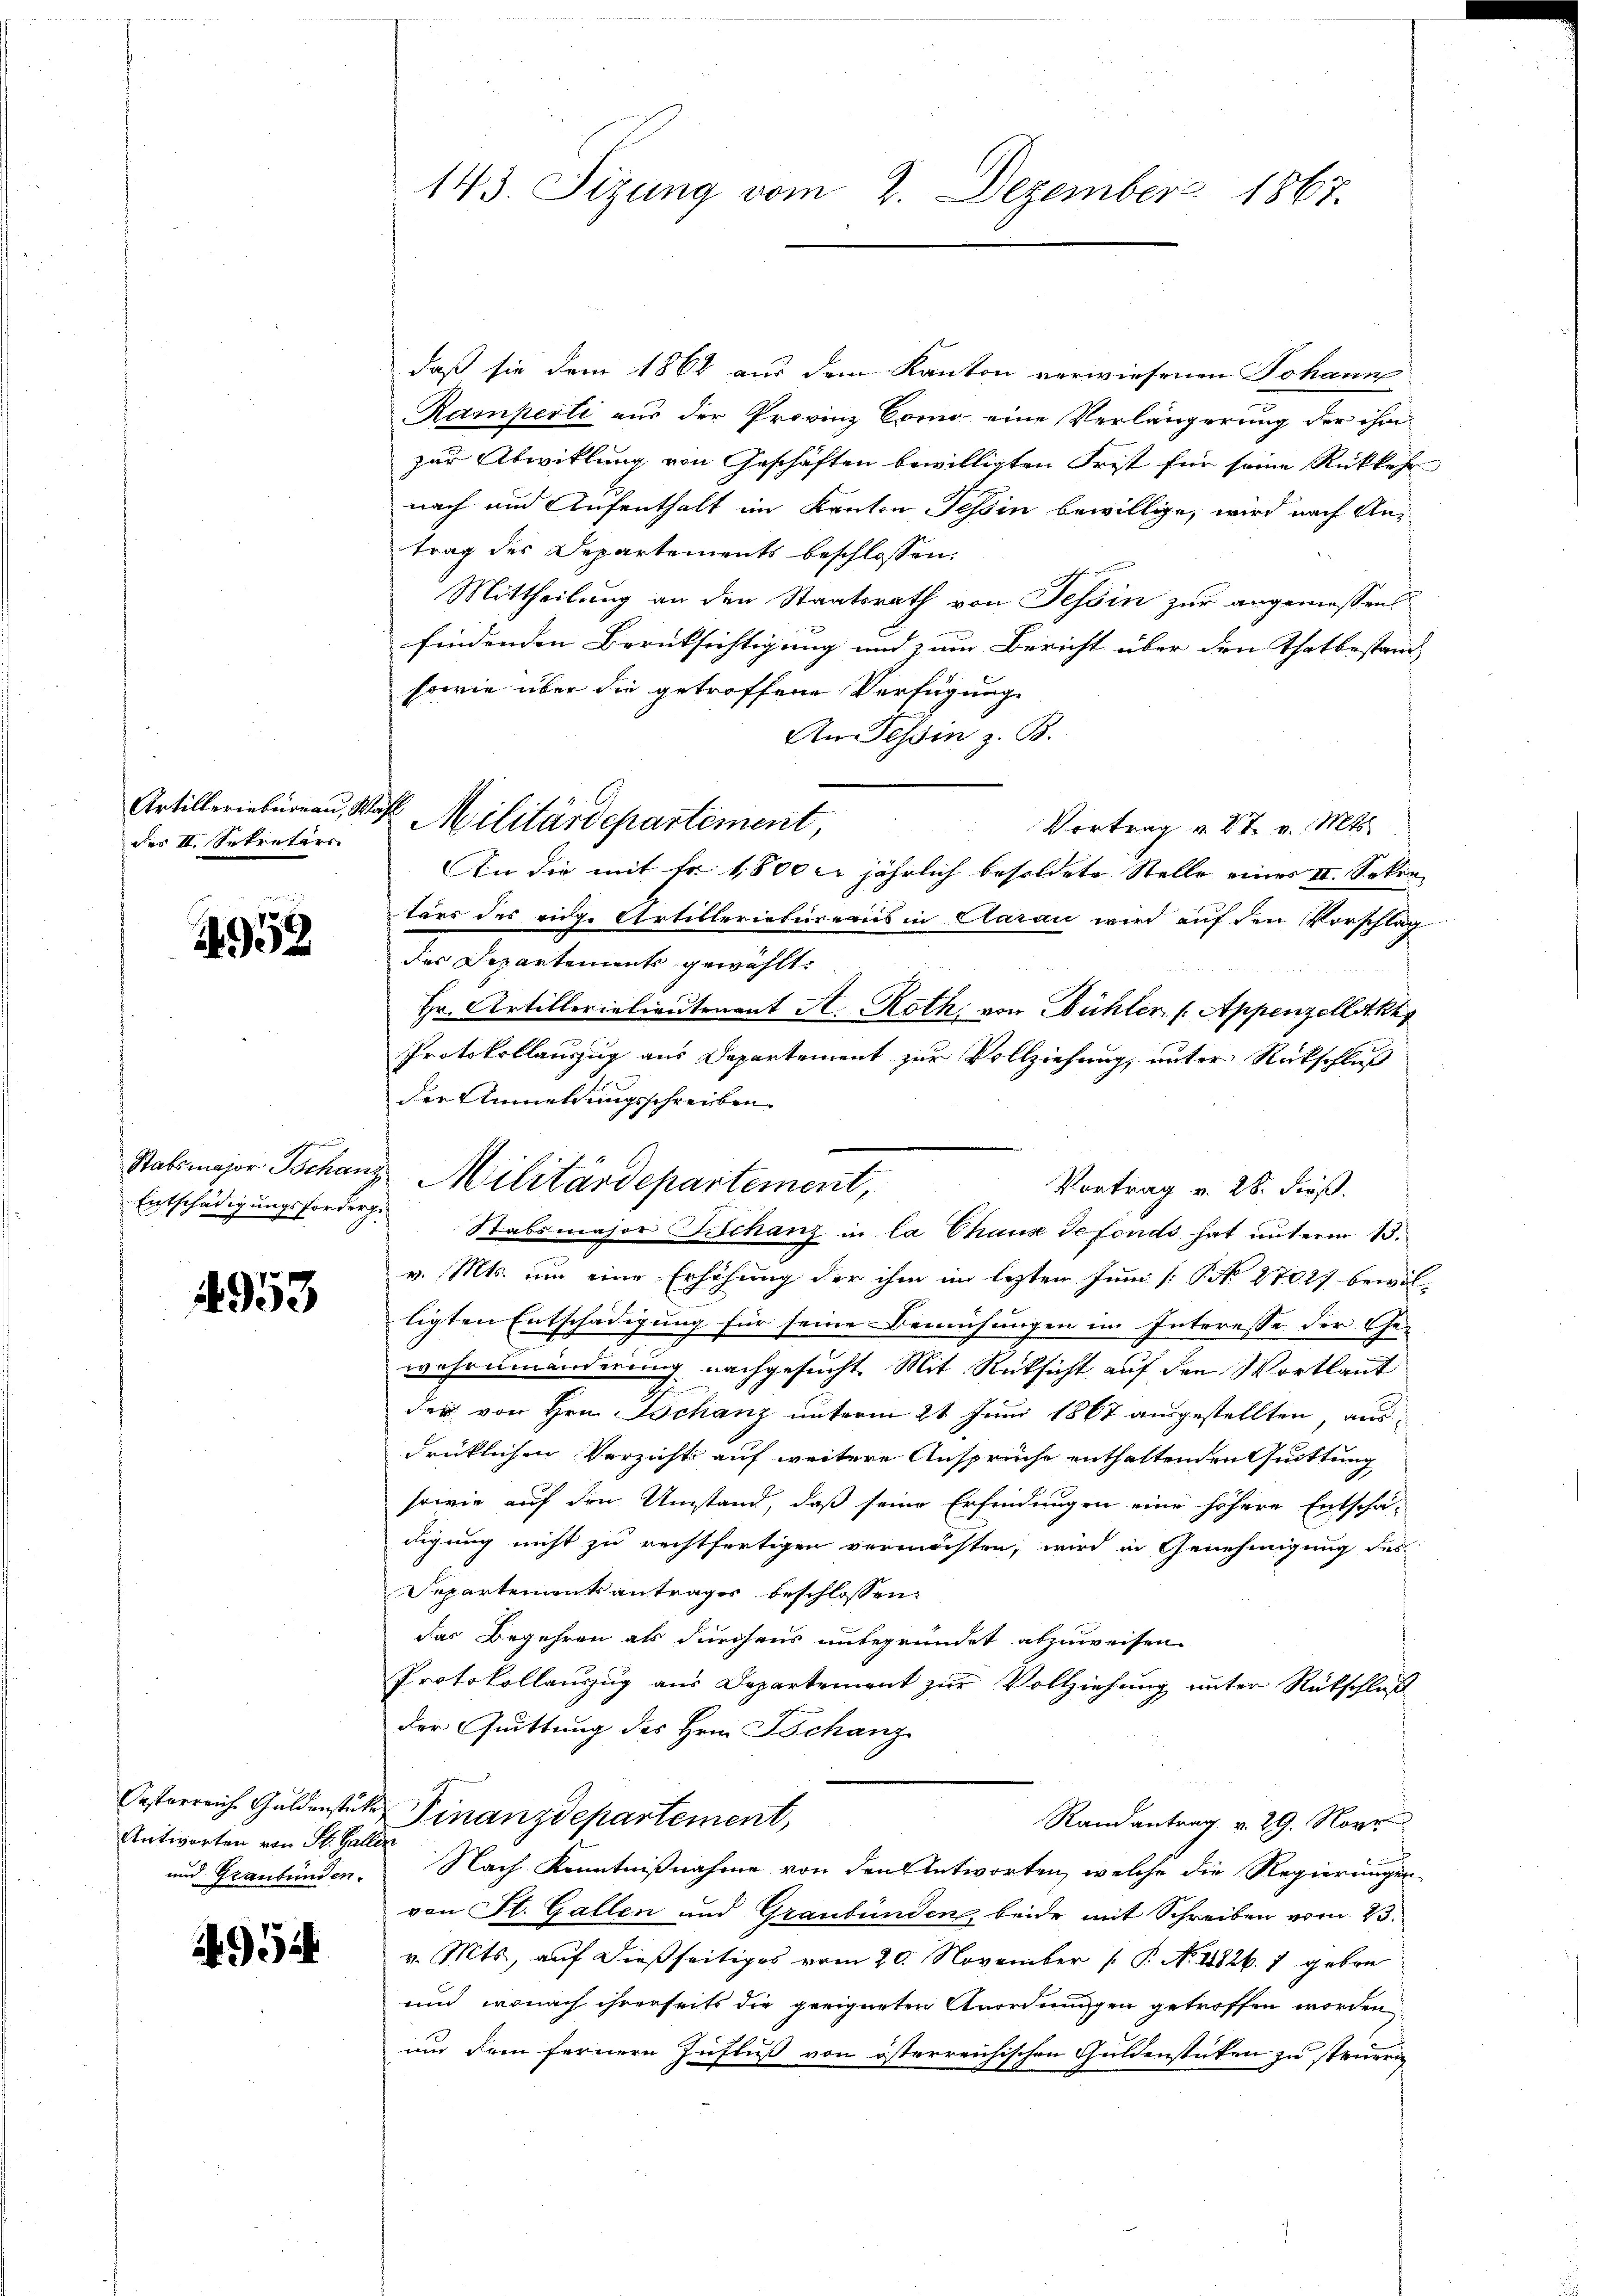
Artilleriebernau, St.
des II. Sekretärs

2958

Entschädigungsforderu

4953

Oesterreich Guldenstü¬
Antworten von St. Gall
und Graubünden.

5

143. Sizung vom 2. Dezember 1867.

daß sie dem 1862 aus dem Kanton verwiesenen Johann
Ramperti aus der Provinz Como eine Verlängerung der ihm
zur Abwicklung von Geschäften bewilligten Frist für seine Rückkehr
nach und Aufenthalt im Kanton Tessin bewillige, wird nach Antrag des Departements beschlossen:
Mittheilung an den Staatsrath von Tessin zur angemessen
findenden Berüksichtigung und zum Bericht über den Thatbestand
sowie über die getroffene Verfügung
An Tessin z. B.
Vortrag u. 27. v. Mts.
An die mit Fr. 1800 l. jährlich besoldete Stelle eines II. Sokra-
tärs des eidge Artilleriebureaus in Aarau wird auf den Vorschlag
des Departement gewählt.
Hr. Artillerialieutenant A. Roth, von Bühler (Appenzollekt
¬
Protokollauszug aus Departement zur Vollziehung, unter Rückschluß
e
der Anmeldungsschreiben
v. Mts. um eine Erhöhung der ihm im lezten Juni [No 27027 bewiltigten Entschädigung für seine Bemühungen im Interesse der Ge-
wahrumänderung nachgesucht. Mit Rücksicht auf den Wortlaut
der von Hrn. Schanz unterm 21. Juni 1867 ausgestellten, ausdrücklichen Verzicht auf weitere Ansprüche enthaltenden Quittung
sowie auf den Umstand, daß seine Erfindungen eine höhere Entschä-
digung nicht zu rechtfertigen vermöchten, wird in Genehmigung des
Separtementsantrages beschlossen:
das Begehren als durchaus unbegründet abzuweisen.
Protokollauszug aus Departement zur Vollziehung unter Rückschluß
der Quittung des Hrn. Schanz
Finanzdepartement,
Randantrag v. 29. Nove
 Nach Kenntnißnahme von den Antworten, welche die Regierungen
von St. Gallen und Graubünden, beide mit Schreiben vom 23.
v. Mts., auf dießseitiges vom 20. November [ P. No 11826. 7 geben
und wonach ihrerseits die geeigneten Anordnungen getroffen worden
nnd dem fernern Zufluß von österreichischen Guldenstücken zu steurri

s
Militärdepartement,

Stabsmajor Schanz Militärdepartement,
Vortrag v. 28. Fuß.
Stabsmajor Schanz in la Chause defonds hat unterm 13.